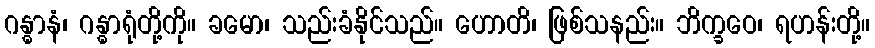
ဂန္ဓာနံ၊ ဂန္ဓာရုံတို့ကို။ ခမော၊ သည်းခံနိုင်သည်။ ဟောတိ၊ ဖြစ်သနည်း။ ဘိက္ခဝေ၊ ရဟန်းတို့။